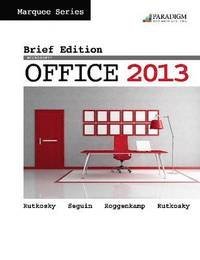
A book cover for Marquee Series: Microsoft Office 2013 Brief Edition; Nita Rutkosky; Computers & Technology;